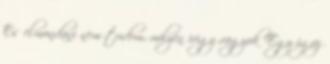
És elmondani nem tudom, milyen irigy vagyok Egy igaz